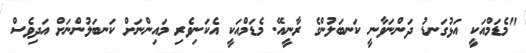
"މެޑަމްއަކީ އަޅުގަނޑު ދަންނަވާނީ ކަނބަލުންގެ ރާނީއޭ. މެޑަމްއަކީ އެކަނިވެރި މައިންނަށް ކަނބަލުންނަށް އަދިވެސް